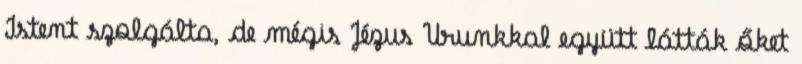
Istent szolgálta, de mégis Jézus Urunkkal együtt látták őket